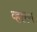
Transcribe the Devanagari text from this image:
व्हारण